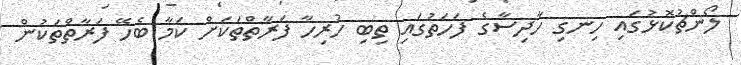
ލޯންޗުކޮޅުގައި ހިނގި ހާދިސާގެ ފަހަތުގައި ތިބި ހުރިހާ ފަރާތްތަކަށް ކަމާ ބެހޭ ފަރާތްތަކުން